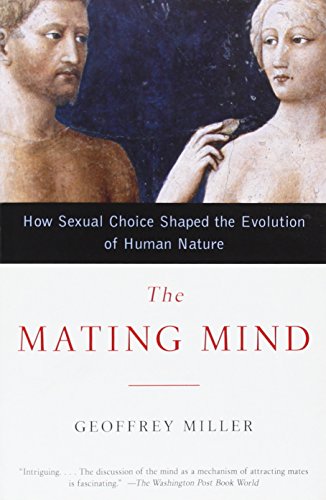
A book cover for The Mating Mind: How Sexual Choice Shaped the Evolution of Human Nature; Geoffrey Miller; Medical Books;